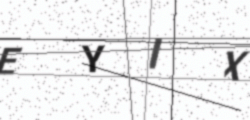
Text: EYIX